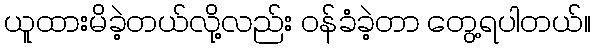
ယူထားမိခဲ့တယ်လို့လည်း ဝန်ခံခဲ့တာ တွေ့ရပါတယ်။